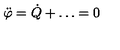
{ \ddot { \varphi } } = { \dot { Q } } + \dots = 0